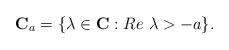
LaTeX: \begin{align*}{\bf C}_a= \{ \lambda \in {\bf C}: Re \ \lambda > -a \}.\end{align*}